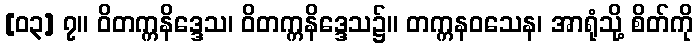
[၀၃] ၇။ ဝိတက္ကနိဒ္ဒေသ၊ ဝိတက္ကနိဒ္ဒေသ၌။ တက္ကနဝသေန၊ အာရုံသို့ စိတ်ကို